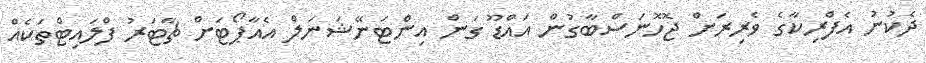
ދެކުނު އެފްރިކާގެ ވެރިރަށް ޖޮހޮނަސްބާގުން އައްޑޫ ގަން އިންޓަނޭޝަނަލް އެއާޕޯޓަށް ޗާޓަރު ފްލައިޓްތަކެއް